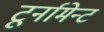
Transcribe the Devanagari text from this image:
टूर्नामेन्ट